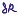
Text: 8R